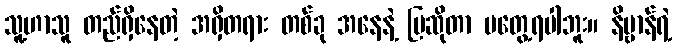
သူ့ဟာသူ တည်ရှိနေတဲ့ အရှိတရား တစ်ခု အနေနဲ့ ပြဆိုတာ မတွေ့ရပါဘူး။ နိဗ္ဗာန်ရဲ့